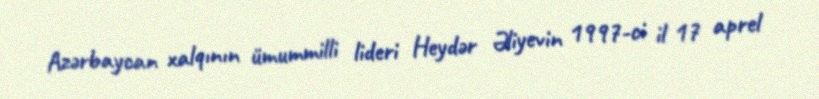
Azərbaycan xalqının ümummilli lideri Heydər Əliyevin 1997-ci il 17 aprel